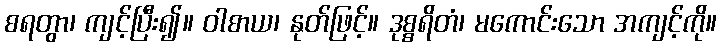
စရတွာ၊ ကျင့်ပြီး၍။ ဝါစာယ၊ နုတ်ဖြင့်။ ဒုစ္စရိတံ၊ မကောင်းသော အကျင့်ကို။